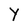
Character: Y